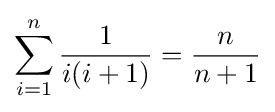
\sum _{i=1}^{n}{\frac {1}{i(i+1)}}={\frac {n}{n+1}}